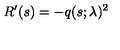
R ^ { \prime } ( s ) = - q ( s ; \lambda ) ^ { 2 }